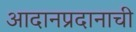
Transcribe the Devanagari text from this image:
आदानप्रदानाची